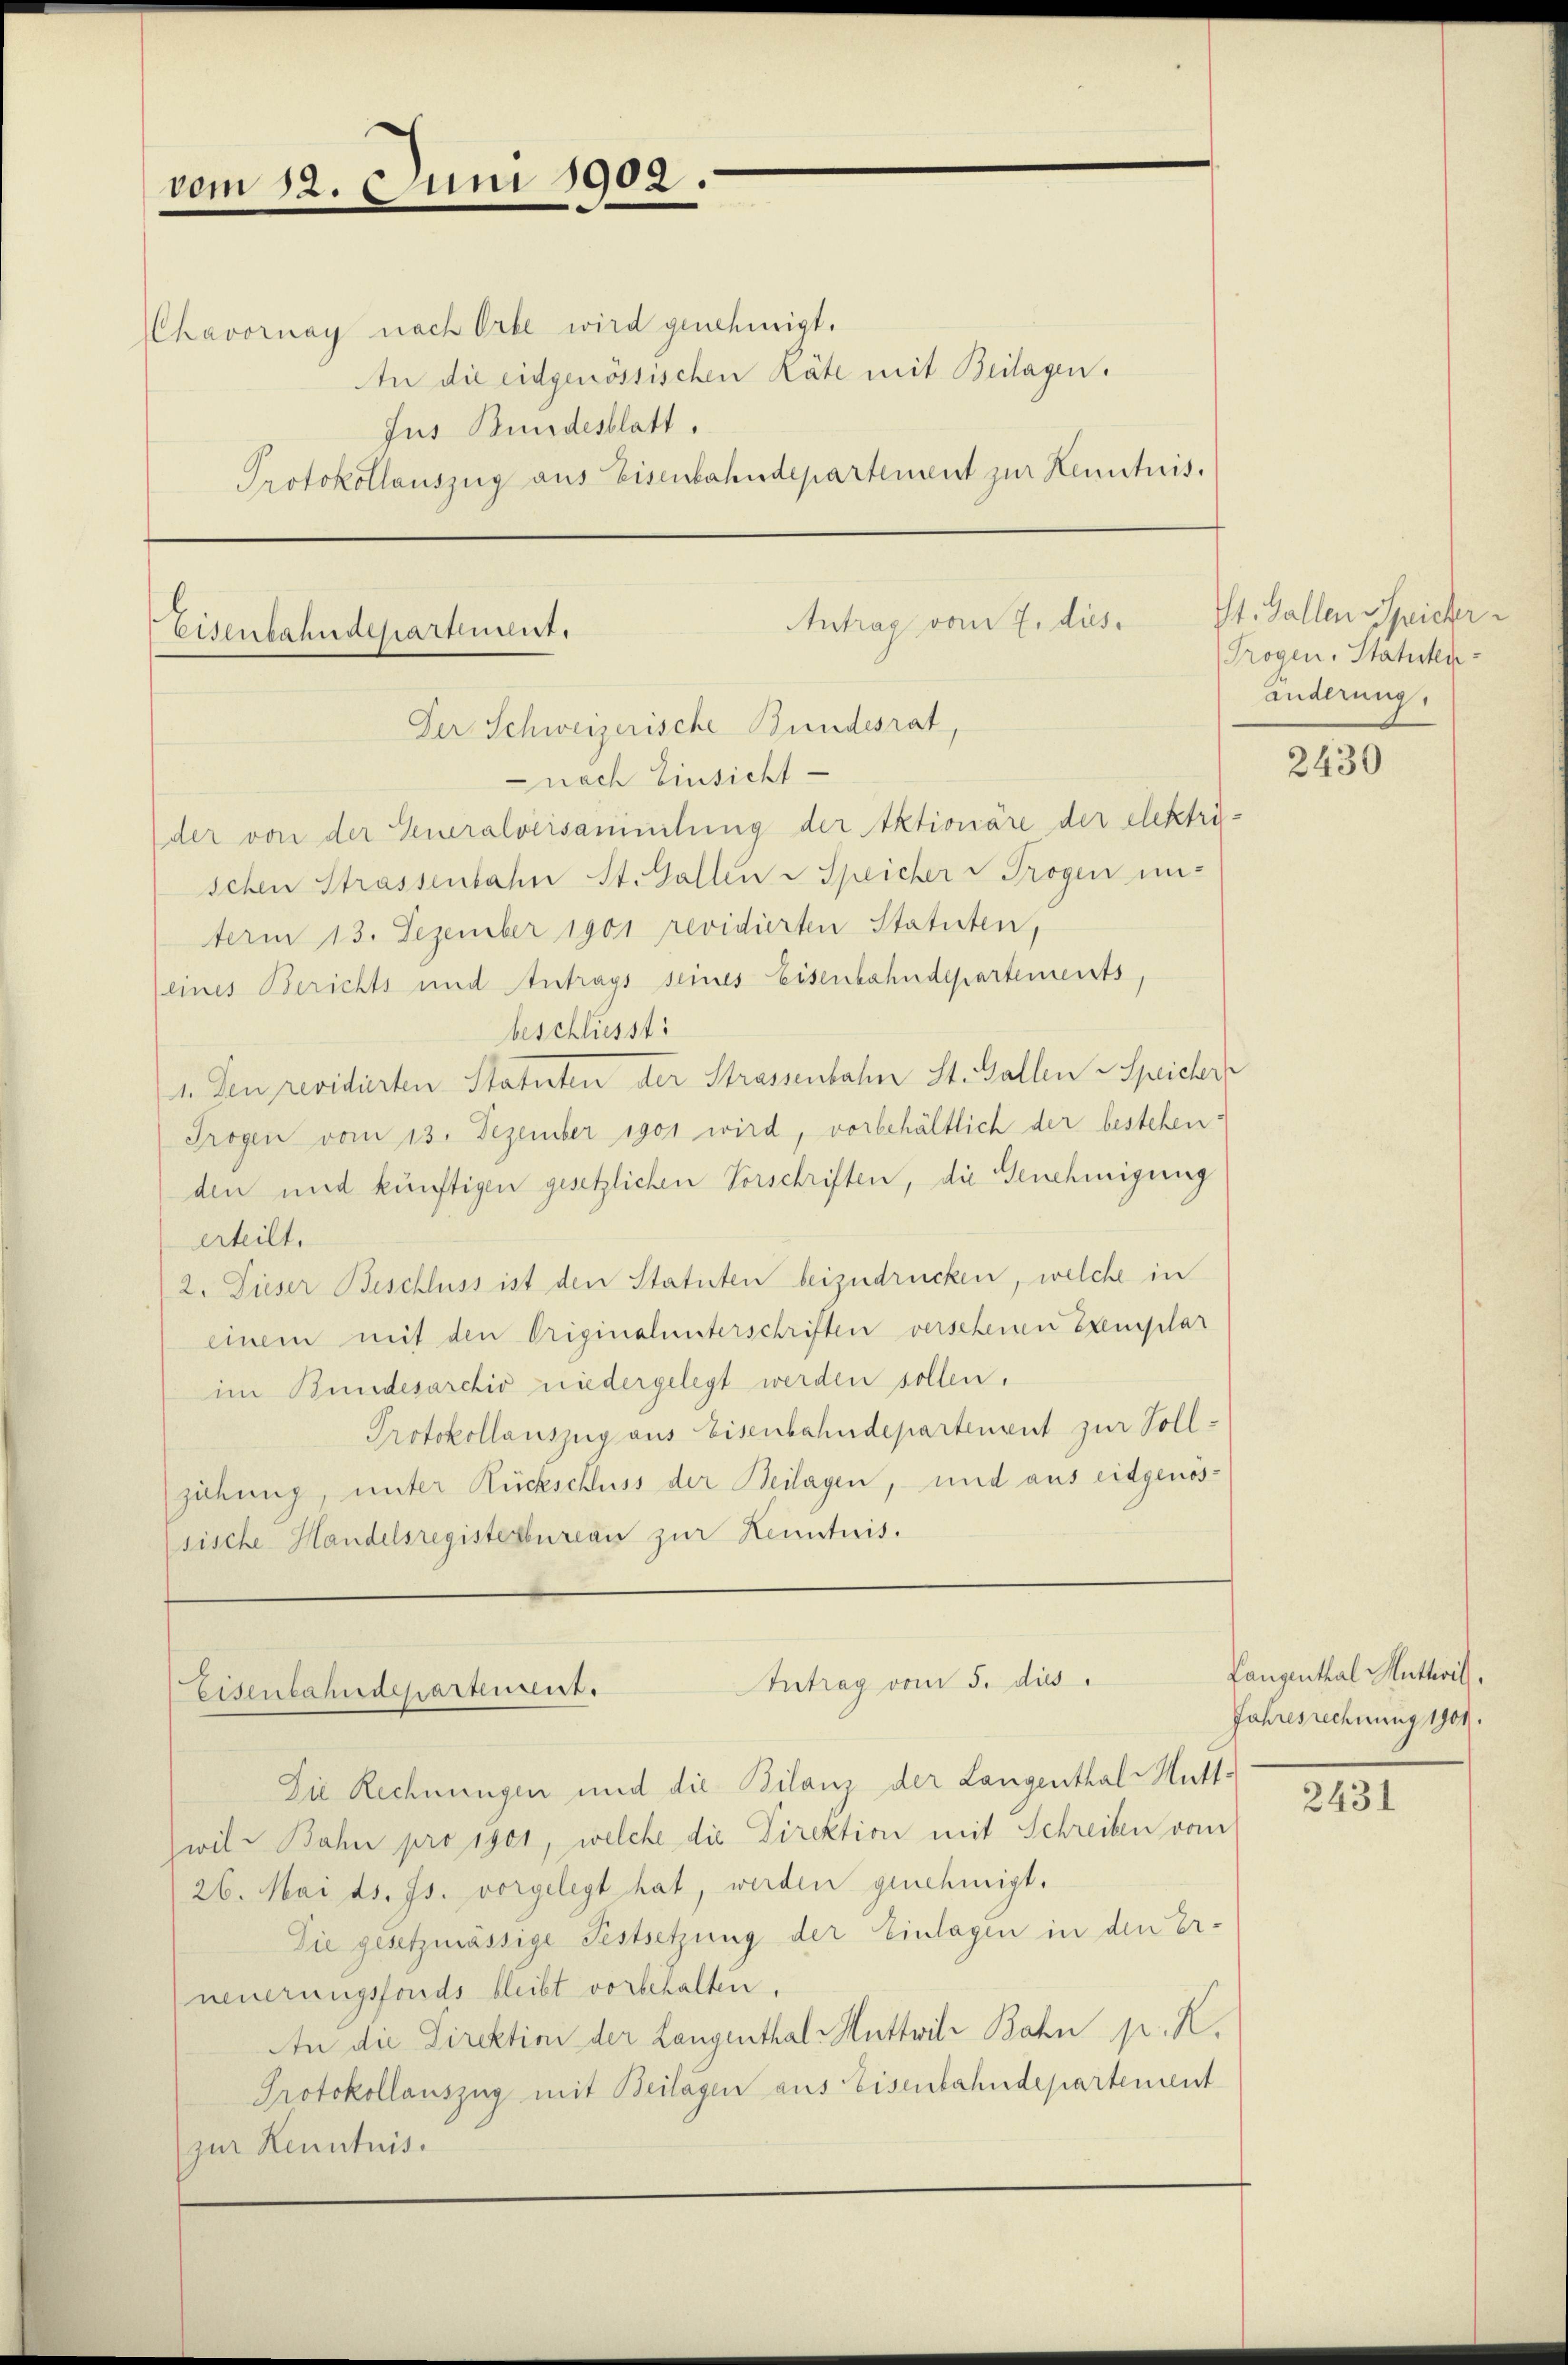
vom 12. Juni 1902.
havornay nach Orte wird genehmigt.
Jus Bundesblatt.

An die eidgenössischen Räte mit Beilagen.
Protokollauszug aus Eisenbahndepartement zur Kenntnis.

Der Schweizerische Bundesrat,
nach Einsicht

Eisenbahndepartement.

Antrag vom 7. dies

Antrag vom 5. dies
Eisenbahndepartement.

der von der Generalversammlung der Aktionäre der elektri-
schen Strassenbahn St. Gallen Speicher & Trogen un-
term 13. Dezember 1901 revidierten Statuten,
(eines Berichts und Antrags seines Eisenbahndepartements,
beschliesst
1. Den revidierten Statuten der Strassenbahn St. Gallen Speicher
Trogen vom 13. Dezember 1901 wird, vorbehältlich der bestehen:
den und künftigen gesetzlichen Vorschriften, die Genehmigung
erteilt.
2. Dieser Beschluss ist den Statuten beizudrücken, welche in
einem mit den Originalunterschriften verschenen Exemplar
im Bundesarchiv niedergelegt werden sollen,
Protokollauszug aus Eisenbahndepartenent zur Sollziehung, unter Rückschluss der Beilagen, und aus eidgenossische Handelsregistesbureau zur Kenntnis.

Die Rechnungen und die Bilanz der Langenthal - Muttwil-Bahn pro 1901, welche die Direktion mit Schreiben vom
26. Mai ds. Js. vorgelegt hat, werden genehmigt.
Die gesetzmässige Festsetzung der Einlagen in den Er-
neuerungsfonds bleibt vorbehalten.
An die Direktini der Langenthal - Muttwill Bahn p. K.
Protokollauszug mit Beilagen aus Eisenbahndepartement
zur Kenntnis.

St. Gallen Speicher
Trogen. Statuten-
anderung,

2430

Langenthal Mutterit,
Jahresrechnung 1901.

2431